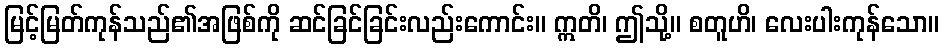
မြင့်မြတ်ကုန်သည်၏အဖြစ်ကို ဆင်ခြင်ခြင်းလည်းကောင်း။ ဣတိ၊ ဤသို့။ စတူဟိ၊ လေးပါးကုန်သော။